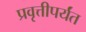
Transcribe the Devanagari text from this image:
प्रवृत्तीपर्यंत